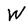
Character: W